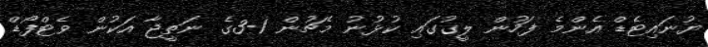
ޔުނައިޓެޑް އެންމެ ފަހުން ލީގުގައި ކުޅުނު މެޗުން 1-3ގެ ނަތީޖާ އަކުން ވެޓްފޯޑް